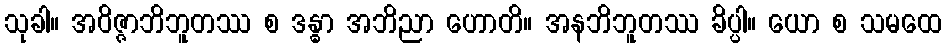
သုခါ။ အဝိဇ္ဇာဘိဘူတဿ စ ဒန္ဓာ အဘိညာ ဟောတိ။ အနဘိဘူတဿ ခိပ္ပါ။ ယော စ သမထေ